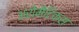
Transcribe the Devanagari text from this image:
अरोमैटिक्स